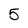
Character: 5